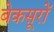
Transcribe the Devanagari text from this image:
बेकसूरों